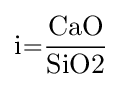
{\ce {i={\frac {CaO}{SiO2}}}}